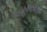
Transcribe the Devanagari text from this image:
रेटरोफेरेंजियल